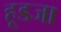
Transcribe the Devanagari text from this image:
हूडजा